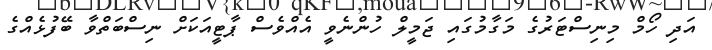
އަދި ހޯމް މިނިސްޓަރުގެ މަގާމުގައި ޖަމީލް ހުންނެވީ އެއްވެސް ޕާޓީއަކަށް ނިސްބަތްވާ ބޭފުޅެއްގެ